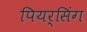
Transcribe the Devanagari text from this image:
पियर्सिंग